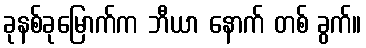
ခုနစ်ခုမြောက်က ဘီယာ နောက် တစ် ခွက်။